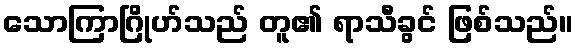
သောကြာဂြိုဟ်သည် တူ၏ ရာသီခွင် ဖြစ်သည်။